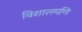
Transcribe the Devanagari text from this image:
विशालमणि